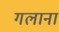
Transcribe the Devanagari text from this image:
गलाना